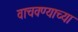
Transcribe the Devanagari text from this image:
वाचवण्याच्या